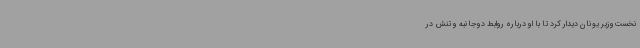
نخست‌وزیر یونان دیدار کرد تا با او درباره روابط دوجانبه و تنش در